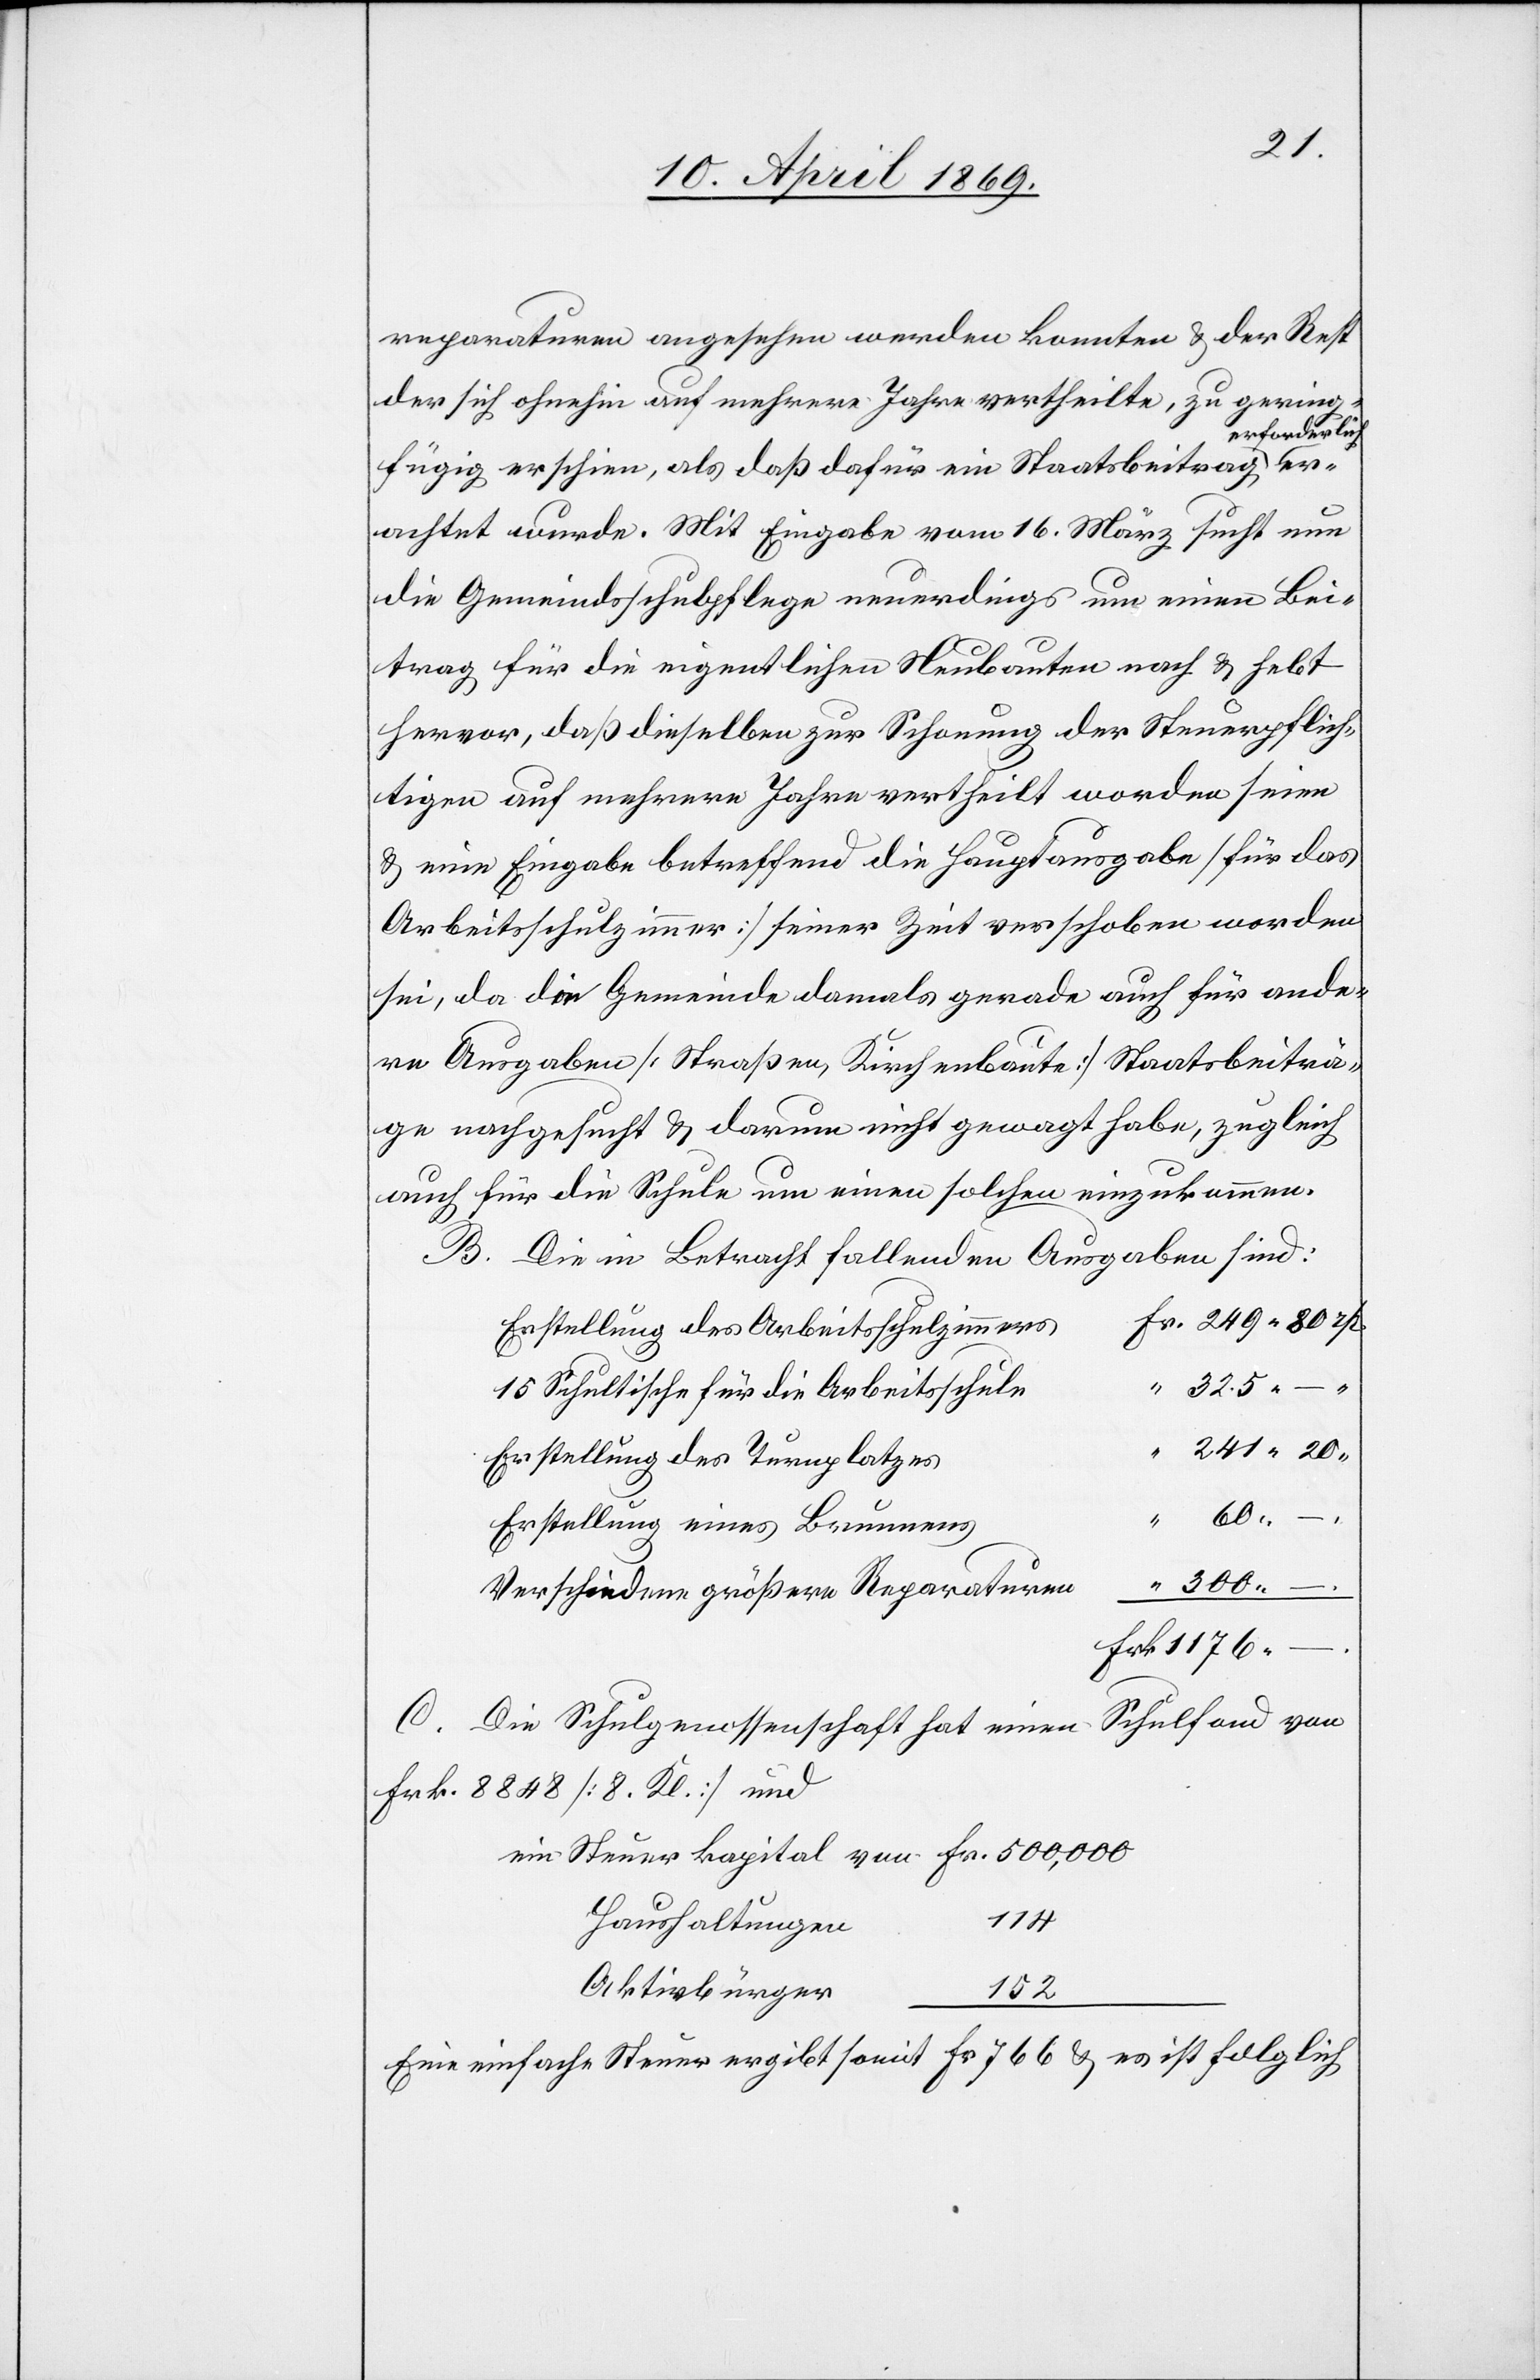
325.
reparaturen angesehen werden konnten u. der Rest
der sich ohnehin auf mehrere Jahre vertheilte, zu gering¬
forderlich
fügig erschien, als daß dafür ein Staatsbeitrag er¬
erachtet wurde. Mit Eingabe vom 16. März sucht nun
die Gemeindsschulpflege neuerdings um einen Bei¬
trag für die eigentlichen Neubauten nach u. hebt
hervor, daß dieselben zur Schonung der Steuerpflich¬
tigen auf mehrere Jahre vertheilt worden seien
u. eine Eingabe betreffend die Hauptausgabe [für das
Arbeitsschulzimmer] seiner Zeit verschoben worden
sei, da die Gemeinde damals gerade auch für ande¬
re Ausgaben [Straßen, Kirchenbaute] Staatsbeiträ¬
ge nachgesucht u. darum nicht gewagt habe, zugleich
auch für die Schule um einen solchen einzukommen.
B. Die in Betracht fallenden Ausgaben sind:
Erstellung des Arbeitsschulzimmer¬
15 Schultische für die Arbeitsschul¬
241.20.
Erstellung des Turnplatze¬
“ 60.
Erstellung eines Brunnen¬
“ 300.
–.
Verschiedene größere Reparature¬
Frk. 1176.
Schulfond von
C. Die Schulgenossenschaft hat einen
Frk. 8848 [8 Kl.] und
ein Steuerkapital von 	Fr. 500,000
Haushaltungen
152
Eine einfache Steuer ergibt somit Fr. 766 u. es ist folglich

n